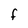
Character: F